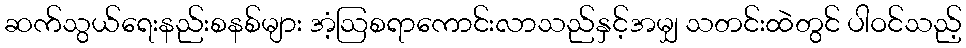
ဆက်သွယ်ရေးနည်းစနစ်များ အံ့ဩစရာကောင်းလာသည်နှင့်အမျှ သတင်းထဲတွင် ပါဝင်သည့်